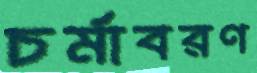
চর্মাবরণ